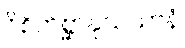
ဝိစိကိစ္ဆာနုသယာနံ